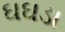
ઘઘડા